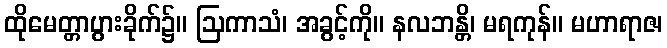
ထိုမေတ္တာပွားခိုက်၌။ ဩကာသံ၊ အခွင့်ကို။ နလဘန္တိ၊ မရကုန်။ မဟာရာဇ၊